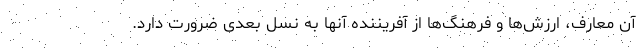
آن معارف، ارزش‌ها و فرهنگ‌ها از آفریننده آنها به نسل بعدی ضرورت دارد.